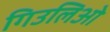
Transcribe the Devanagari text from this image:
गिउलिओ